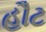
હૌટ